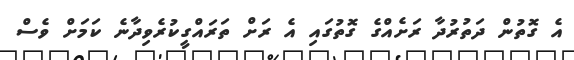
އެ ގޮތުން ދަތުރުދާ ރަށެއްގެ ގޮތުގައި އެ ރަށް ތަރައްގީކުރެވިދާނެ ކަމަށް ވެސް